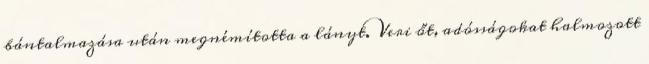
bántalmazása után megnémította a lányt. Veri őt, adósságokat halmozott